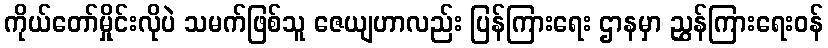
ကိုယ်တော်မှိုင်းလိုပဲ သမက်ဖြစ်သူ ဇေယျဟာလည်း ပြန်ကြားရေး ဌာနမှာ ညွှန်ကြားရေးဝန်